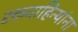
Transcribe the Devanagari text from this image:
रक्तवाहिन्यांना